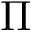
\Pi